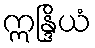
ဣန္ဒြိယံ